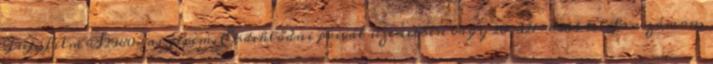
FujiFilm S2980-as gépem. Érdeklődni privát üzenetben vagy 20 321-8933 telefonszámon.